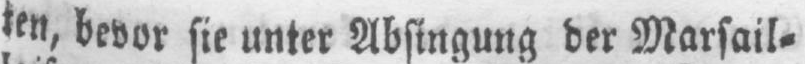
ten, bevor sie unter Absingung der Marsail⸗